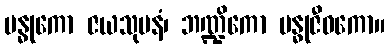
ဗန္ဓုကော ဇယသုမနံ၊ ဘဏ္ဍိကော ဗန္ဓုဇီဝကော။